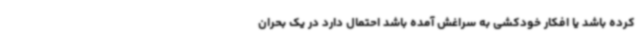
کرده باشد یا افکار خودکشی به سراغش آمده باشد احتمال دارد در یک بحران